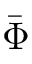
\bar { \Phi }